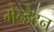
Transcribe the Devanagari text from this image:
मेन्हैटन